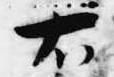
右